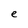
Character: e